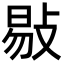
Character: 敡